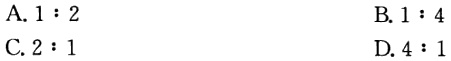
A. \(1:2\)

B. \(1:4\)

C. \(2:1\)

D. \(4:1\)